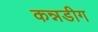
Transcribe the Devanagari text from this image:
कन्नडीग